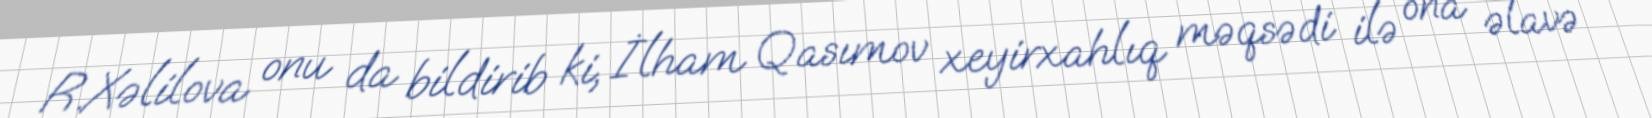
R.Xəlilova onu da bildirib ki, İlham Qasımov xeyirxahlıq məqsədi ilə ona əlavə